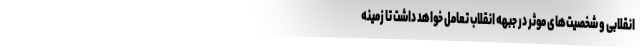
انقلابی و شخصیت‌های موثر در جبهه انقلاب تعامل خواهد داشت تا زمینه